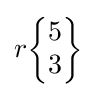
r{\begin{Bmatrix}5\\3\end{Bmatrix}}